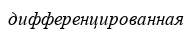
дифференцированная